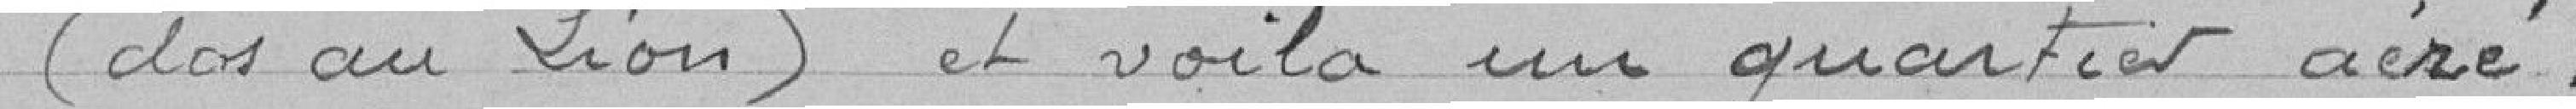
(dos au Lion) et voilà un quartier aéré.